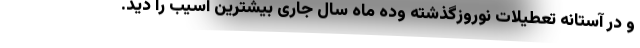
و در آستانه تعطیلات نوروزگذشته وده ماه سال جاری بیشترین آسیب را دید.